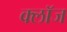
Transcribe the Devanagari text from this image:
क्लाॅज